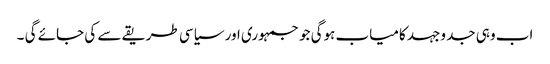
اب وہی جد وجہد کامیاب ہوگی جو جمہوری اور سیاسی طریقے سے کی جائے گی ۔